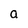
Character: a